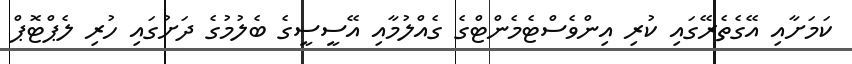
ކަމަށާއި އޭގެތެރޭގައި ކުރި އިންވެސްޓެމެންޓްގެ ގެއްލުމާއި އޭސީސީގެ ބެލުމުގެ ދަށުގައި ހުރި ލެޕްޓޮޕް